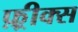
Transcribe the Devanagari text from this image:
फ़्रीक्स